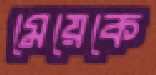
মেয়েকে